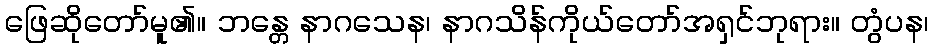
ဖြေဆိုတော်မူ၏။ ဘန္တေ နာဂသေန၊ နာဂသိန်ကိုယ်တော်အရှင်ဘုရား။ တွံပန၊